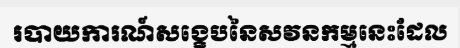
របាយការណ៍សង្ខេបនៃសវនកម្មនេះដែល